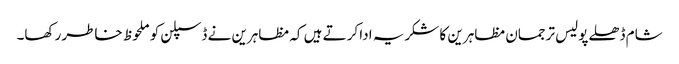
شام ڈھلے پولیس ترجمان مظاہرین کا شکریہ ادا کرتے ہیں کہ مظاہرین نے ڈسپلن کو ملحوظ خاطر رکھا۔